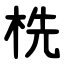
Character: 㭠